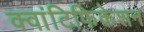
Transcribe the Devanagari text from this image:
क्वांटिफिकेशन